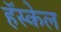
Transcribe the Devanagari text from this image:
हॅस्केल